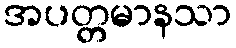
အပတ္တမာနသာ